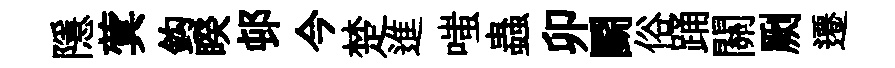
隱蓂鈎睽邨今楚進嗤蟲卯鬬俗踊關劂遷